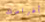
أغراضك